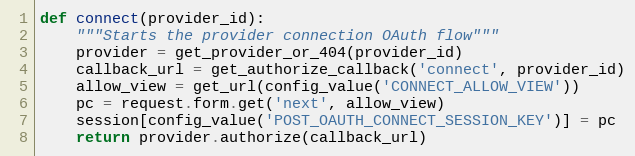
Language: Python
def connect(provider_id):
    """Starts the provider connection OAuth flow"""
    provider = get_provider_or_404(provider_id)
    callback_url = get_authorize_callback('connect', provider_id)
    allow_view = get_url(config_value('CONNECT_ALLOW_VIEW'))
    pc = request.form.get('next', allow_view)
    session[config_value('POST_OAUTH_CONNECT_SESSION_KEY')] = pc
    return provider.authorize(callback_url)